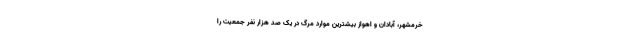
خرمشهر، آبادان و اهواز بیشترین موارد مرگ در یک صد هزار نفر جمعیت را